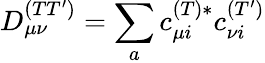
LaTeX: D_{\mu\nu}^{(TT^{\prime})}=\sum_{a}c_{\mu i}^{(T)*}c_{\nu i}^{(T^{\prime})}